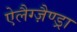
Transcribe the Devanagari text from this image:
ऐलैग्ज़ैण्ड्रा